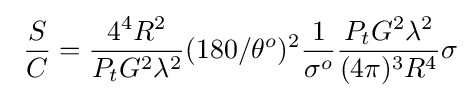
\ {\frac {S}{C}}={\frac {4^{4}R^{2}}{P_{t}G^{2}\lambda ^{2}}}(180/\theta ^{o})^{2}{\frac {1}{\sigma ^{o}}}{\frac {P_{t}G^{2}\lambda ^{2}}{(4\pi )^{3}R^{4}}}\sigma